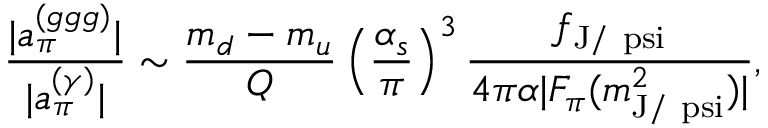
\frac { | a _ { \pi } ^ { ( g g g ) } | } { | a _ { \pi } ^ { ( \gamma ) } | } \sim { \frac { m _ { d } - m _ { u } } { Q } } \left( { \frac { \alpha _ { s } } { \pi } } \right) ^ { 3 } \frac { f _ { \mathrm { J / \ p s i } } } { 4 \pi \alpha | F _ { \pi } ( m _ { \mathrm { J / \ p s i } } ^ { 2 } ) | } ,